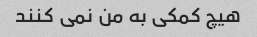
هیچ کمکی به من نمی کنند